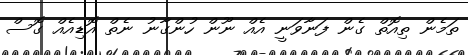
ތަމެން ތިއޮތް ގެން ފަނާވަނީ އެއް ނޫން ހުންގާނު ނެތް އޮޑިއެއް ގޮސް